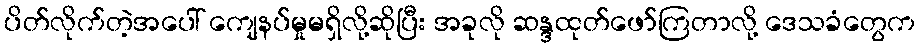
ပိတ်လိုက်တဲ့အပေါ် ကျေနပ်မှုမရှိလို့ဆိုပြီး အခုလို ဆန္ဒထုတ်ဖော်ကြတာလို့ ဒေသခံတွေက